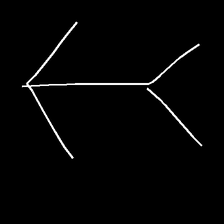
Glyph: gather